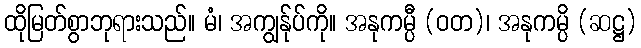
ထိုမြတ်စွာဘုရားသည်။ မံ၊ အကျွန်ုပ်ကို။ အနုကမ္ပီ (ဝတ)၊ အနုကမ္ပိ (ဆဋ္ဌ)